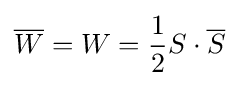
{\overline {W}}=W={\frac {1}{2}}S\cdot {\overline {S}}